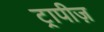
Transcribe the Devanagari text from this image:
ट्रापीज़